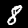
Digit: 8